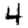
Digit: 4